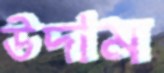
উদাম